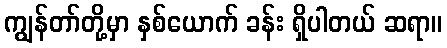
ကျွန်တာ်တို့မှာ နှစ်ယောက် ခန်း ရှိပါတယ် ဆရာ။